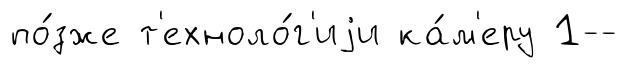
по́зже т'ехноло́г'иjи ка́м'еру 1--